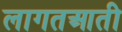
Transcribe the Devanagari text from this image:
लागतआती